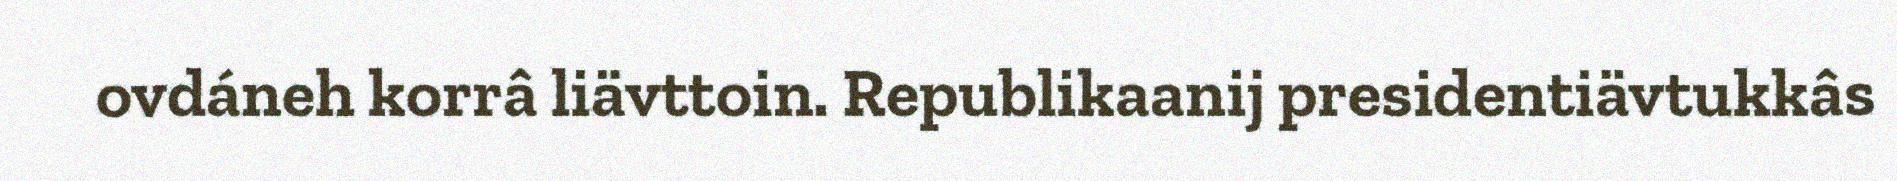
ovdáneh korrâ liävttoin. Republikaanij presidentiävtukkâs